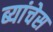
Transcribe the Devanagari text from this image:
ब्यांचेस